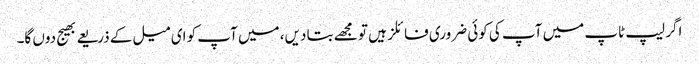
اگر لیپ ٹاپ میں آپ کی کوئی ضروری فائلز ہیں تو مجھے بتا دیں، میں آپ کو ای میل کے ذریعے بھیج دوں گا۔